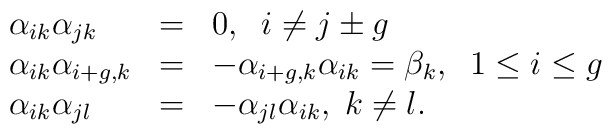
\begin{array}{lll}\alpha_{ik}\alpha_{jk}    & = & 0,\; \; i\neq j\pm g  \\\alpha_{ik}\alpha_{i+g,k} & = & -\alpha_{i+g,k}\alpha_{ik}=\beta_{k},\; \;1\leq i \leq g \\\alpha_{ik}\alpha_{jl}    & = & -\alpha_{jl}\alpha_{ik},\; k\neq l.\end{array}